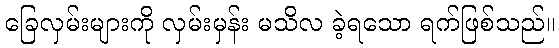
ခြေလှမ်းများကို လှမ်းမှန်း မသိလ ခဲ့ရသော ရက်ဖြစ်သည်။